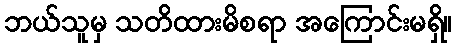
ဘယ်သူမှ သတိထားမိစရာ အကြောင်းမရှိ။